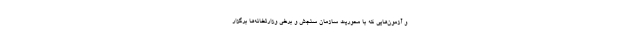
و آزمون‌هایی که با محوریت سازمان سنجش و برخی وزارتخانه‌ها برگزار